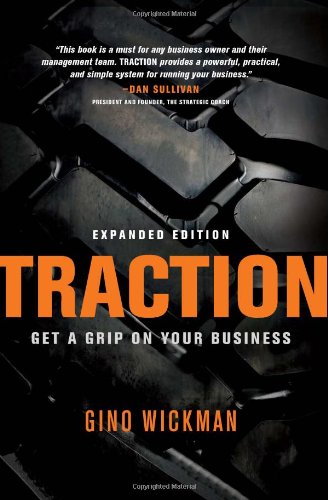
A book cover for Traction: Get a Grip on Your Business; Gino Wickman; Business & Money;